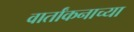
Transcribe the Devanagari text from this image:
वार्तांकनाच्या